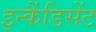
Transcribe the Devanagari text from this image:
इन्कैंडिसेंट